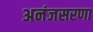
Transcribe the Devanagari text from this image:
अनंजसरणा